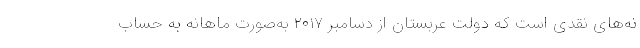
نه‌های نقدی است که دولت عربستان از دسامبر ۲۰۱۷ به‌صورت ماهانه به حساب